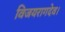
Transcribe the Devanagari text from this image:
विजयरागदेव।